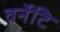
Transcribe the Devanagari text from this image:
वर्नेटि